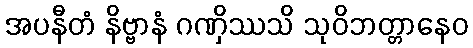
အပနီတံ နိဗ္ဗာနံ ဂဏှိဿသိ သုဝိဘတ္တာနေဝ